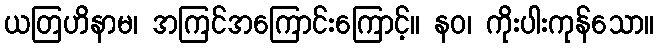
ယတြဟိနာမ၊ အကြင်အကြောင်းကြောင့်။ နဝ၊ ကိုးပါးကုန်သော။